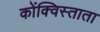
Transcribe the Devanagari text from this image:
कोंक्विस्ताता